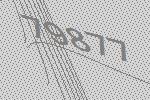
79877